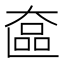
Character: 𬼵